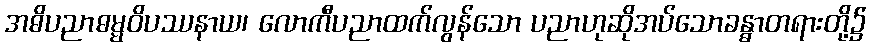
အဓိပညာဓမ္မဝိပဿနာယ၊ လောကီပညာထက်လွန်သော ပညာဟုဆိုအပ်သောခန္ဓာတရားတို့၌